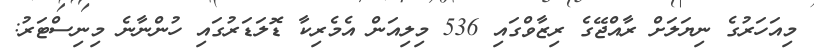
މިއަހަރުގެ ނިޔަލަށް ރާއްޖޭގެ ރިޒާވްގައި 536 މިލިއަން އެމެރިކާ ޑޮލަޑަރުގައި ހުންނާނެ މިނިސްޓަރު: